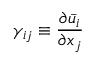
\gamma _ { i j } \equiv \frac { \partial \bar { u } _ { i } } { \partial x _ { j } }